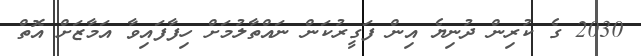
2030 ގެ ކުރިން ދުނިޔެ އިން ފަގީރުކަން ނައްތާލުމަށް ހިފާފައިވާ އަމާޒަށް އޮތް